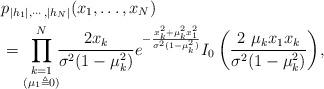
LaTeX: \begin{align*} &p_{|h_{1}|,\cdots,|h_{N}|}(x_{1},\dots,x_{N}) \\&=\prod _{\substack{k=1\\ (\mu _{1}\triangleq 0)}}^{N}\!\!\frac {2x_{k}}{\sigma ^{2}(1-\mu _{k}^{2})}e^{-\frac {x_{k}^{2}+\mu _{k}^{2}x_{1}^{2}}{\sigma ^{2}(1-\mu _{k}^{2})}}I_{0}\left ({\frac {2~\mu _{k}x_{1}x_{k}}{\sigma ^{2}(1-\mu _{k}^{2})}}\right)\!,\end{align*}